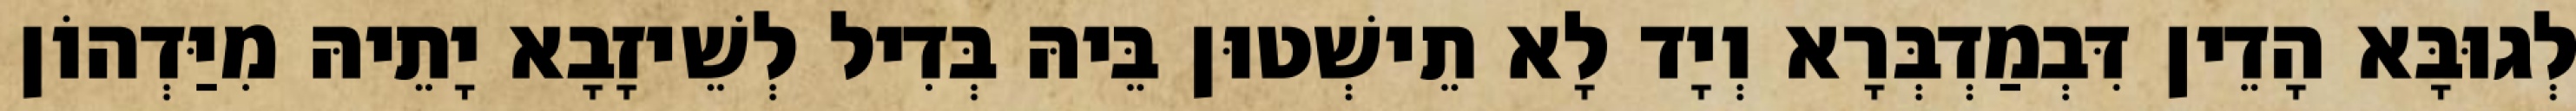
לְגוּבָּא הָדֵין דִּבְמַדְבְּרָא וְיָד לָא תֵישְׁטוּן בֵּיהּ בְּדִיל לְשֵׁיזָבָא יָתֵיהּ מִיַּדְהוֹן